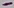
Text: -